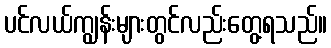
ပင်လယ်ကျွန်းများတွင်လည်းတွေ့ရသည်။